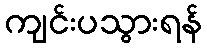
ကျင်းပသွားရန်